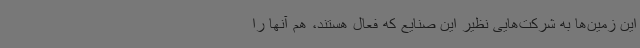
این زمین‌ها به شرکت‌هایی نظیر این صنایع که فعال هستند، هم آنها را